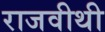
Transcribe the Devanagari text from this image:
राजवीथी